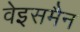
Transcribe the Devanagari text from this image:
वेइसमैन